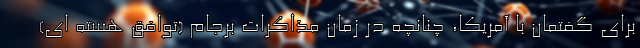
برای گفتمان با آمریکا، چنانچه در زمان مذاکرات برجام (توافق هسته ای)